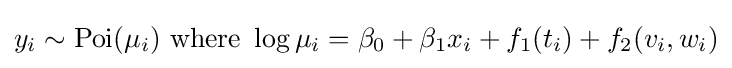
y_{i}\sim {\text{Poi}}(\mu _{i}){\text{ where }}\log \mu _{i}=\beta _{0}+\beta _{1}x_{i}+f_{1}(t_{i})+f_{2}(v_{i},w_{i})